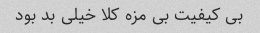
بی کیفیت بی مزه کلا خیلی بد بود